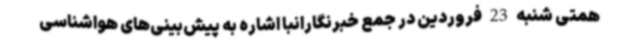
همتی شنبه 23 فروردین در جمع خبرنگارانبا اشاره به پیش‌بینی‌های هواشناسی